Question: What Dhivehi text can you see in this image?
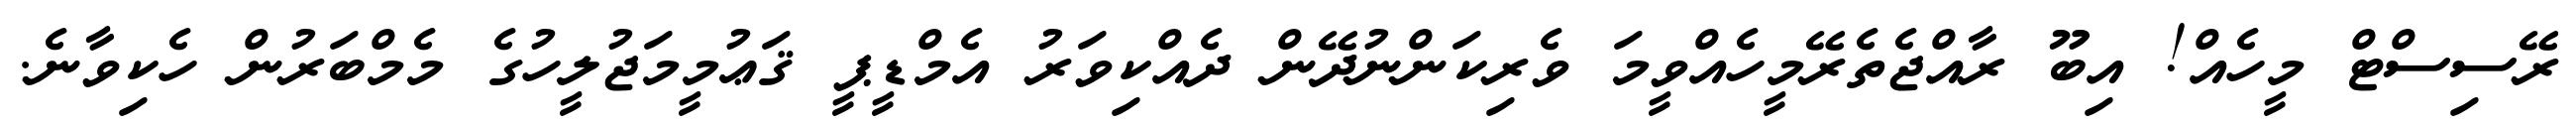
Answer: ރޭސިސްޓް މީހެއް! އިބޫ ރާއްޖެތެރޭމީހެއްވީމަ ވެރިކަންނުދޭން ދެއްކިވަރު އެމްޑީޕީ ޤަޢުމީމަޖުލީހުގެ މެމްބަރުން ހެކިވާނެ.